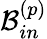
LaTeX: \mathcal{B}_{in}^{\left(p\right)}